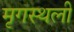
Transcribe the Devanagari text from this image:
मृगस्थली